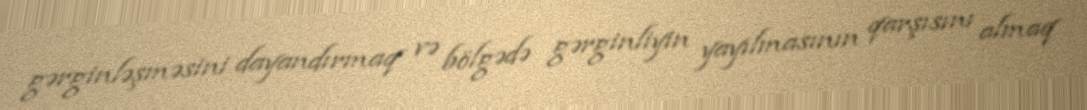
gərginləşməsini dayandırmaq və bölgədə gərginliyin yayılmasının qarşısını almaq